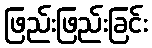
ဖြည်းဖြည်းခြင်း